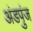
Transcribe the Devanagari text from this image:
अंडपुंज